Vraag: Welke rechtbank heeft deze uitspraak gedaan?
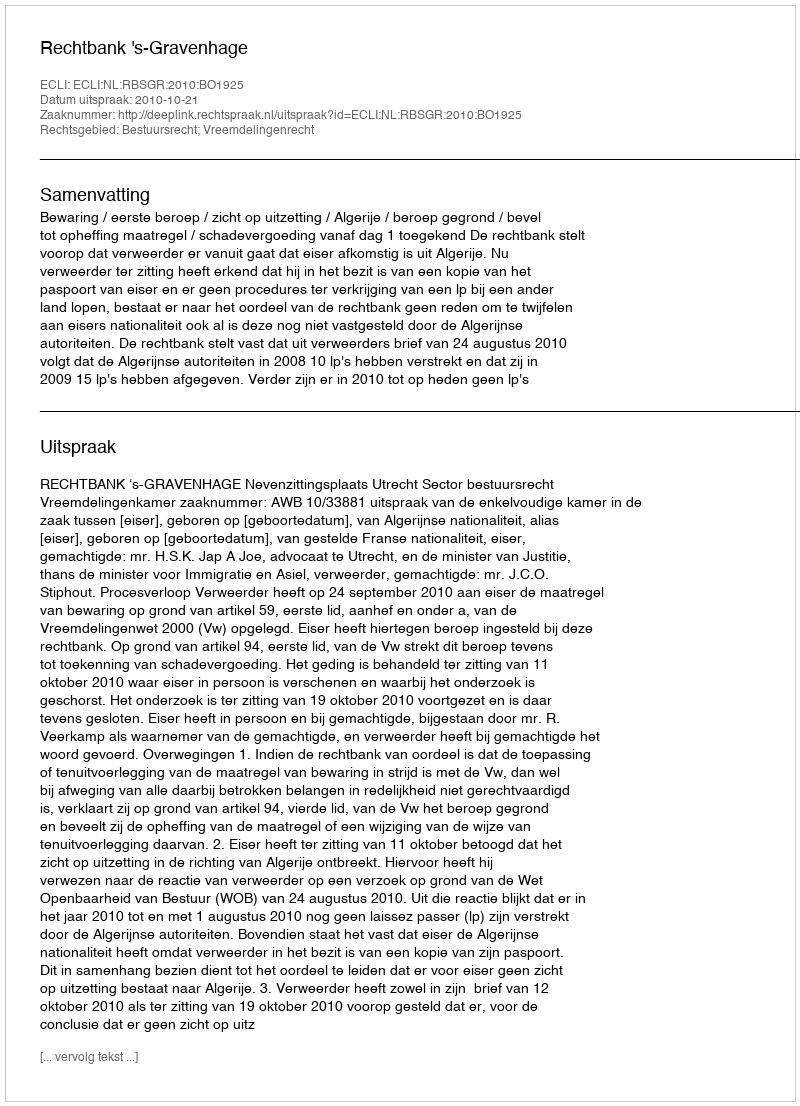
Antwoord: Rechtbank 's-Gravenhage